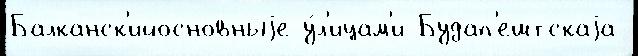
Балканск'ийосновныjе у́л'ицам'и Будап'ештскаjа